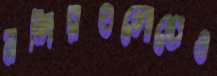
মন্দিরগুলোতেও